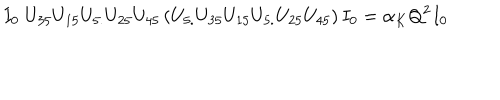
LaTeX: I _ { 0 } \; U _ { 3 5 } U _ { 1 5 } U _ { 5 . } U _ { 2 5 } U _ { 4 5 } \left( U _ { 5 . } U _ { 3 5 } U _ { 1 5 } U _ { 5 . } U _ { 2 5 } U _ { 4 5 } \right) I _ { 0 } = \alpha _ { K } Q ^ { 2 } I _ { 0 }